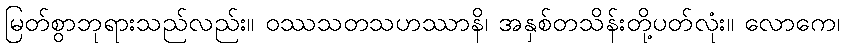
မြတ်စွာဘုရားသည်လည်း။ ဝဿသတသဟဿာနိ၊ အနှစ်တသိန်းတို့ပတ်လုံး။ လောကေ၊